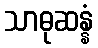
သာဓုဆန္နံ